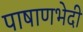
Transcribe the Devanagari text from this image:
पाषाणभेदी